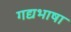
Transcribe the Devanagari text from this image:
गद्यभाषा